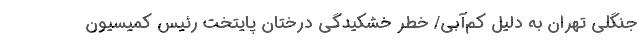
جنگلی تهران به دلیل کم‌آبی/ خطر خشکیدگی درختان پایتخت رئیس کمیسیون